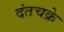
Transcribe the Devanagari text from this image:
दंतचक्रे